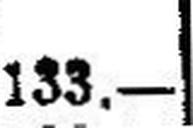
133.—